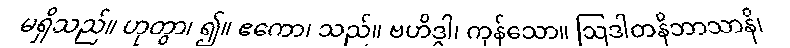
မရှိသည်။ ဟုတွာ၊ ၍။ ဧကော၊ သည်။ ဗဟိဒ္ဓါ၊ ကုန်သော။ ဩဒါတနိဘာသာနိ၊